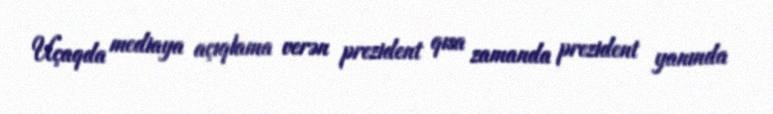
Uçaqda mediaya açıqlama verən prezident qısa zamanda prezident yanında